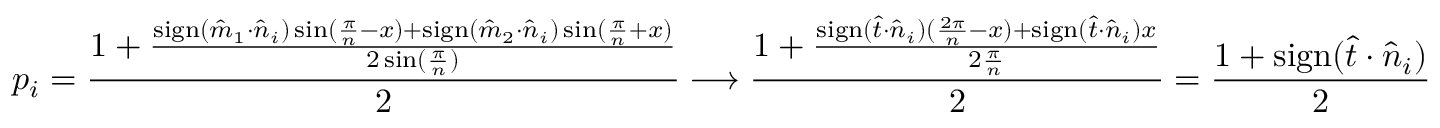
p _ { i } = \frac { 1 + \frac { \mathrm { s i g n } ( \hat { m } _ { 1 } \cdot \hat { n } _ { i } ) \sin ( \frac { \pi } { n } - x ) + \mathrm { s i g n } ( \hat { m } _ { 2 } \cdot \hat { n } _ { i } ) \sin ( \frac { \pi } { n } + x ) } { 2 \sin ( \frac { \pi } { n } ) } } { 2 } \longrightarrow \frac { 1 + \frac { \mathrm { s i g n } ( \hat { t } \cdot \hat { n } _ { i } ) ( \frac { 2 \pi } { n } - x ) + \mathrm { s i g n } ( \hat { t } \cdot \hat { n } _ { i } ) x } { 2 \frac { \pi } { n } } } { 2 } = \frac { 1 + \mathrm { s i g n } ( \hat { t } \cdot \hat { n } _ { i } ) } { 2 }